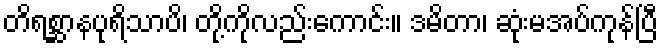
တိရစ္ဆာနပုရိသာပိ၊ တို့ကိုလည်းကောင်း။ ဒမိတာ၊ ဆုံးမအပ်ကုန်ပြီ